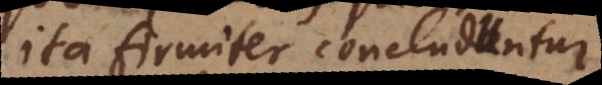
ita firmiter concluduntur,